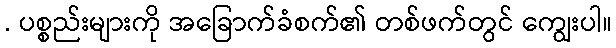
. ပစ္စည်းများကို အခြောက်ခံစက်၏ တစ်ဖက်တွင် ကျွေးပါ။